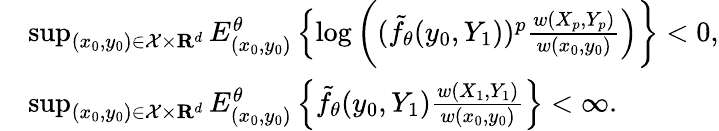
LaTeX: \begin{array}{rl}&{\operatorname*{sup}_{(x_{0},y_{0})\in\mathcal{X}\times{\mathbf R}^{d}}E_{(x_{0},y_{0})}^{\theta}\left\{ \log\bigg((\tilde{f}_{\theta}(y_{0},Y_{1}))^{p}\frac{w(X_{p},Y_{p})}{w(x_{0},y_{0})}\right)\bigg\} <0,}\\ &{\operatorname*{sup}_{(x_{0},y_{0})\in\mathcal{X}\times{\mathbf R}^{d}}E_{(x_{0},y_{0})}^{\theta}\left\{ \tilde{f}_{\theta}(y_{0},Y_{1})\frac{w(X_{1},Y_{1})}{w(x_{0},y_{0})}\right\} <\infty.}\end{array}